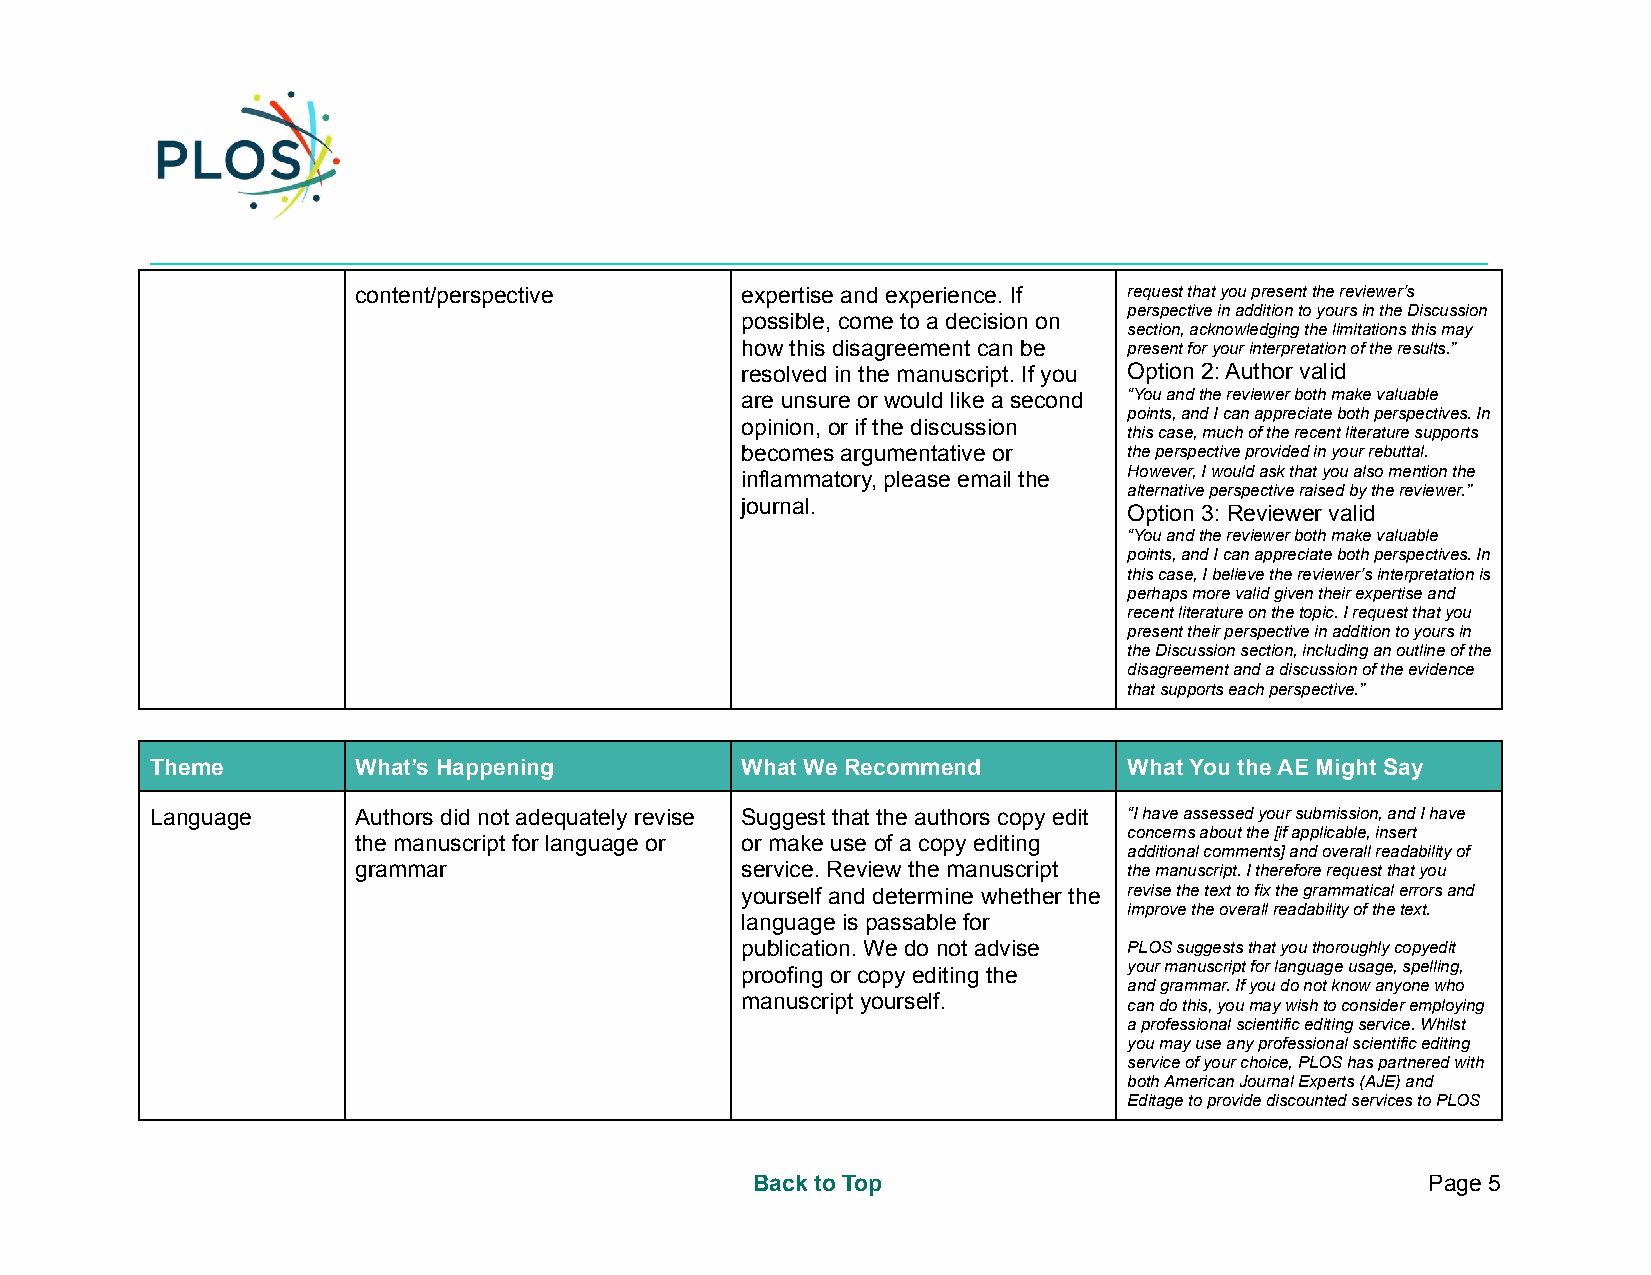
_________________________________________________________________________________________________________
 content/perspective       expertise and experience. If request that you present the reviewer’s
 perspective in addition to yours in the Discussion
 possible, come to a decision on
 section, acknowledging the limitations this may
 how this disagreement can be present for your interpretation of the results.”
 resolved in the manuscript. If you Option 2: Author valid
 are unsure or would like a second “You and the reviewer both make valuable
 points, and I can appreciate both perspectives. In
 opinion, or if the discussion
 this case, much of the recent literature supports
 becomes argumentative or  the perspective provided in your rebuttal.
 inflammatory, please email the However, I would ask that you also mention the
 alternative perspective raised by the reviewer.”
 journal.
 Option 3: Reviewer valid
 “You and the reviewer both make valuable
 points, and I can appreciate both perspectives. In
 this case, I believe the reviewer’s interpretationis
 perhaps more valid given their expertise and
 recent literature on the topic. I request that you
 present their perspective in addition to yours in
 the Discussion section, including an outline of the
 disagreement and a discussion of the evidence
 that supports each perspective.”
 Theme        What’s Happening          What We Recommend         What You the AE Might Say
 Language     Authors did not adequately revise Suggest that the authors copy edit “I have assessed your submission, and I have
 concerns about the [if applicable, insert
 the manuscript for language or or make use of a copy editing
 additional comments] and overall readability of
 grammar                   service. Review the manuscript the manuscript. I therefore request that you
 yourself and determine whether the revise the text to fix the grammatical errors and
 improve the overall readability of the text.
 language is passable for
 publication. We do not advise PLOS suggests that you thoroughly copyedit
 proofing or copy editing the your manuscript for language usage, spelling,
 and grammar. If you do not know anyone who
 manuscript yourself.
 can do this, you may wish to consider employing
 a professional scientific editing service. Whilst
 you may use any professional scientific editing
 service of your choice, PLOS has partnered with
 both American Journal Experts (AJE) and
 Editage to provide discounted services to PLOS
 Back to Top                                  Page 5